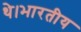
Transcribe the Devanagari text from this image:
थे।भारतीय